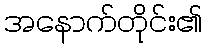
အနောက်တိုင်း၏